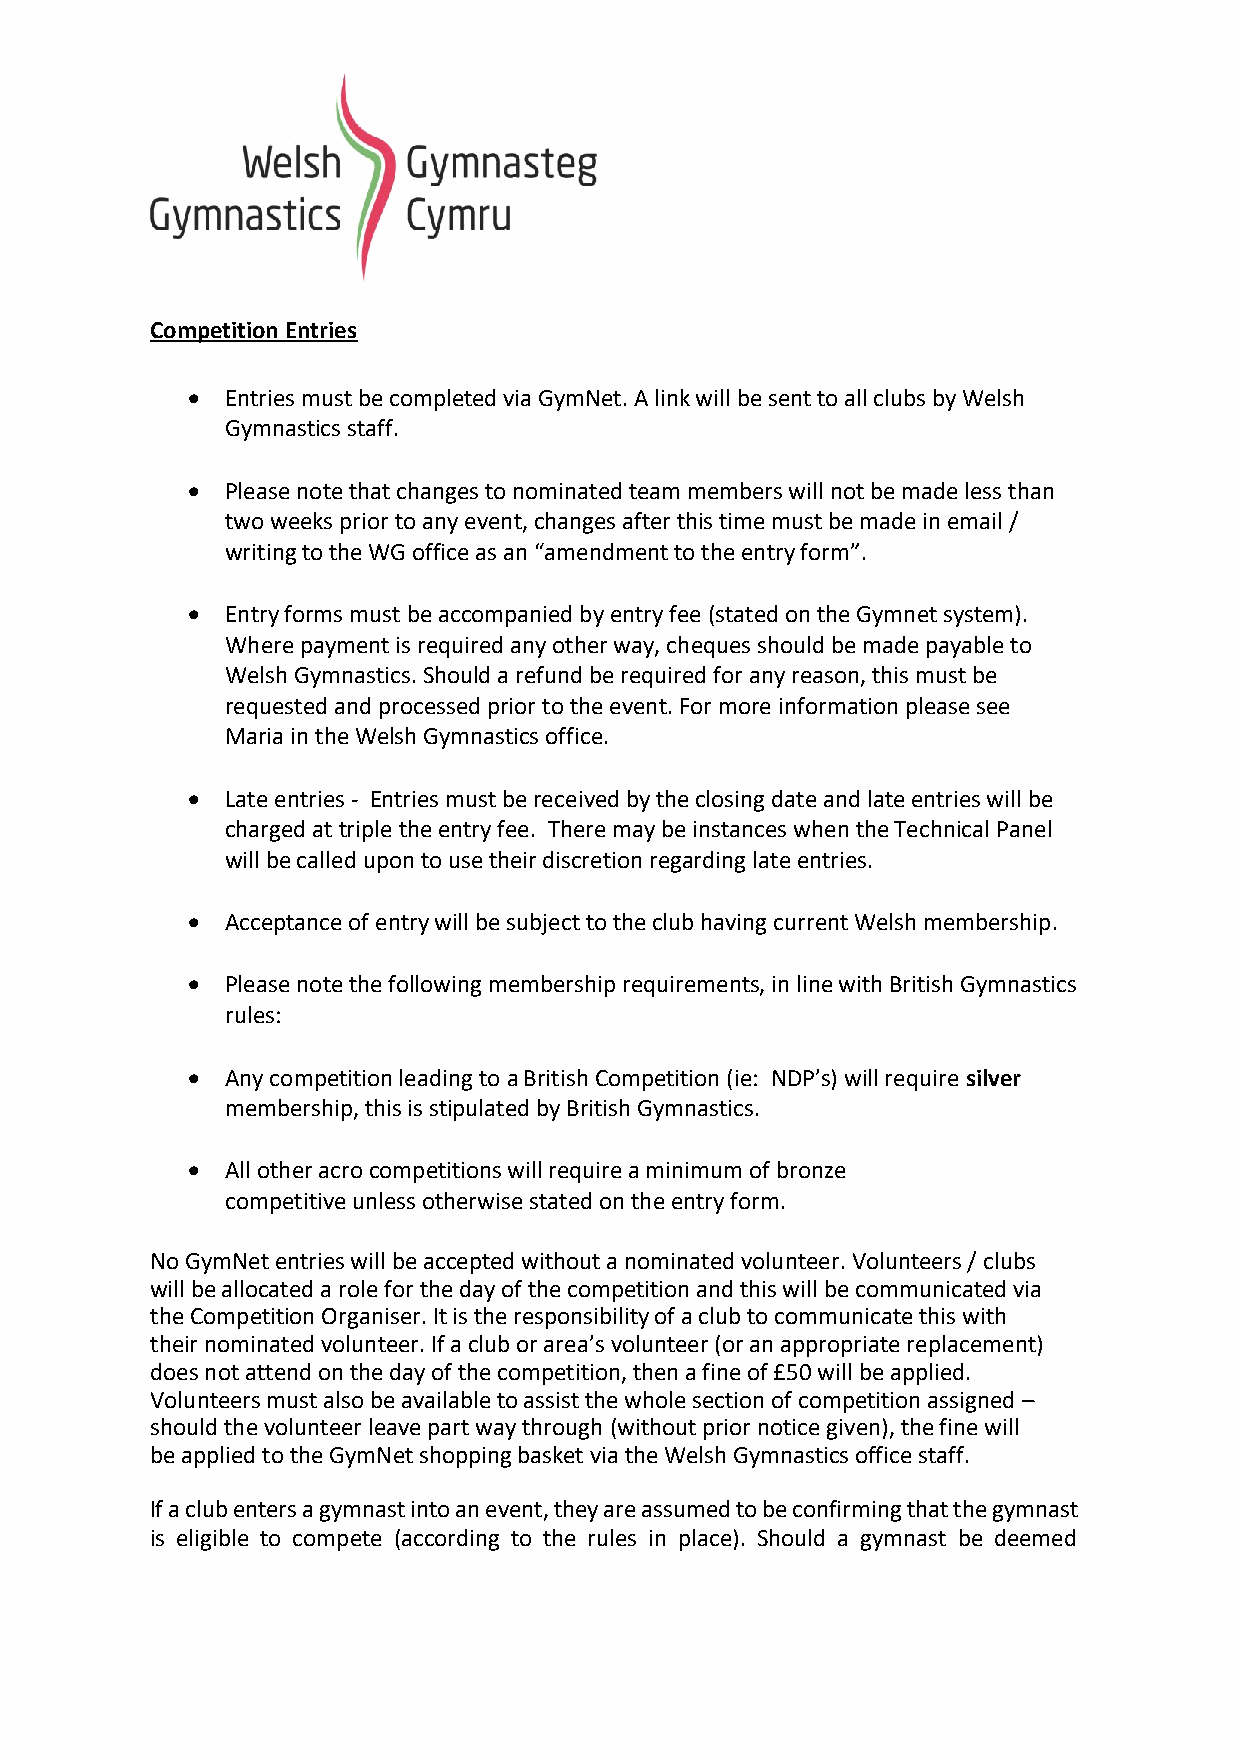
Competition Entries
 •  Entries must be completed via GymNet. A link will be sent to all clubs by Welsh
 Gymnastics staff.
 •  Please note that changes to nominated team members will not be made less than
 two weeks prior to any event, changes after this time must be made in email /
 writing to the WG office as an “amendment to the entry form”.
 •  Entry forms must be accompanied by entry fee (stated on the Gymnet system).
 Where payment is required any other way, cheques should be made payable to
 Welsh Gymnastics. Should a refund be required for any reason, this must be
 requested and processed prior to the event. For more information please see
 Maria in the Welsh Gymnastics office.
 •  Late entries - Entries must be received by the closing date and late entries will be
 charged at triple the entry fee. There may be instances when the Technical Panel
 will be called upon to use their discretion regarding late entries.
 •  Acceptance of entry will be subject to the club having current Welsh membership.
 •  Please note the following membership requirements, in line with British Gymnastics
 rules:
 •  Any competition leading to a British Competition (ie: NDP’s) will require silver
 membership, this is stipulated by British Gymnastics.
 •  All other acro competitions will require a minimum of bronze
 competitive unless otherwise stated on the entry form.
 No GymNet entries will be accepted without a nominated volunteer. Volunteers / clubs
 will be allocated a role for the day of the competition and this will be communicated via
 the Competition Organiser. It is the responsibility of a club to communicate this with
 their nominated volunteer. If a club or area’s volunteer (or an appropriate replacement)
 does not attend on the day of the competition, then a fine of £50 will be applied.
 Volunteers must also be available to assist the whole section of competition assigned –
 should the volunteer leave part way through (without prior notice given), the fine will
 be applied to the GymNet shopping basket via the Welsh Gymnastics office staff.
 If a club enters a gymnast into an event, they are assumed to be confirming that the gymnast
 is eligible to compete (according to the rules in place). Should a gymnast be deemed